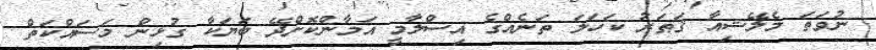
ނުވަތަ މެލޭޝިއާ ޤަޠަރު ކަހަލަ ތަނެއްގެ އިސްލާމީ އަމާންކޮށްދޭ ބަޔަކާ ގުޅިން މަސައްކަތް